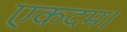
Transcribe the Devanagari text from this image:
एकदम।